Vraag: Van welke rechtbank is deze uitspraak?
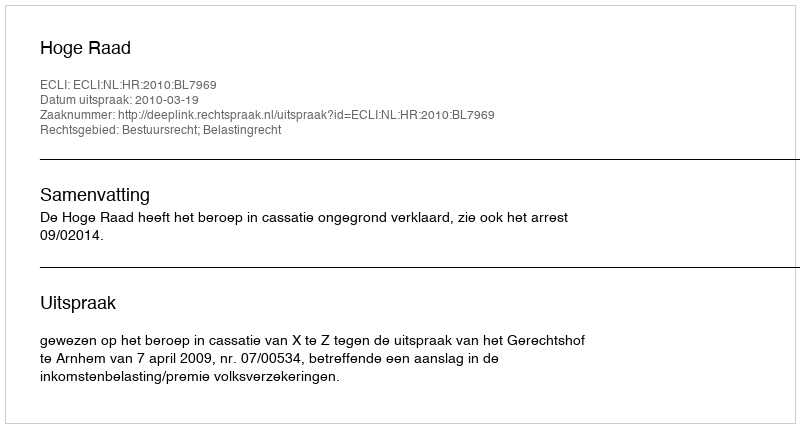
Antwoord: Hoge Raad